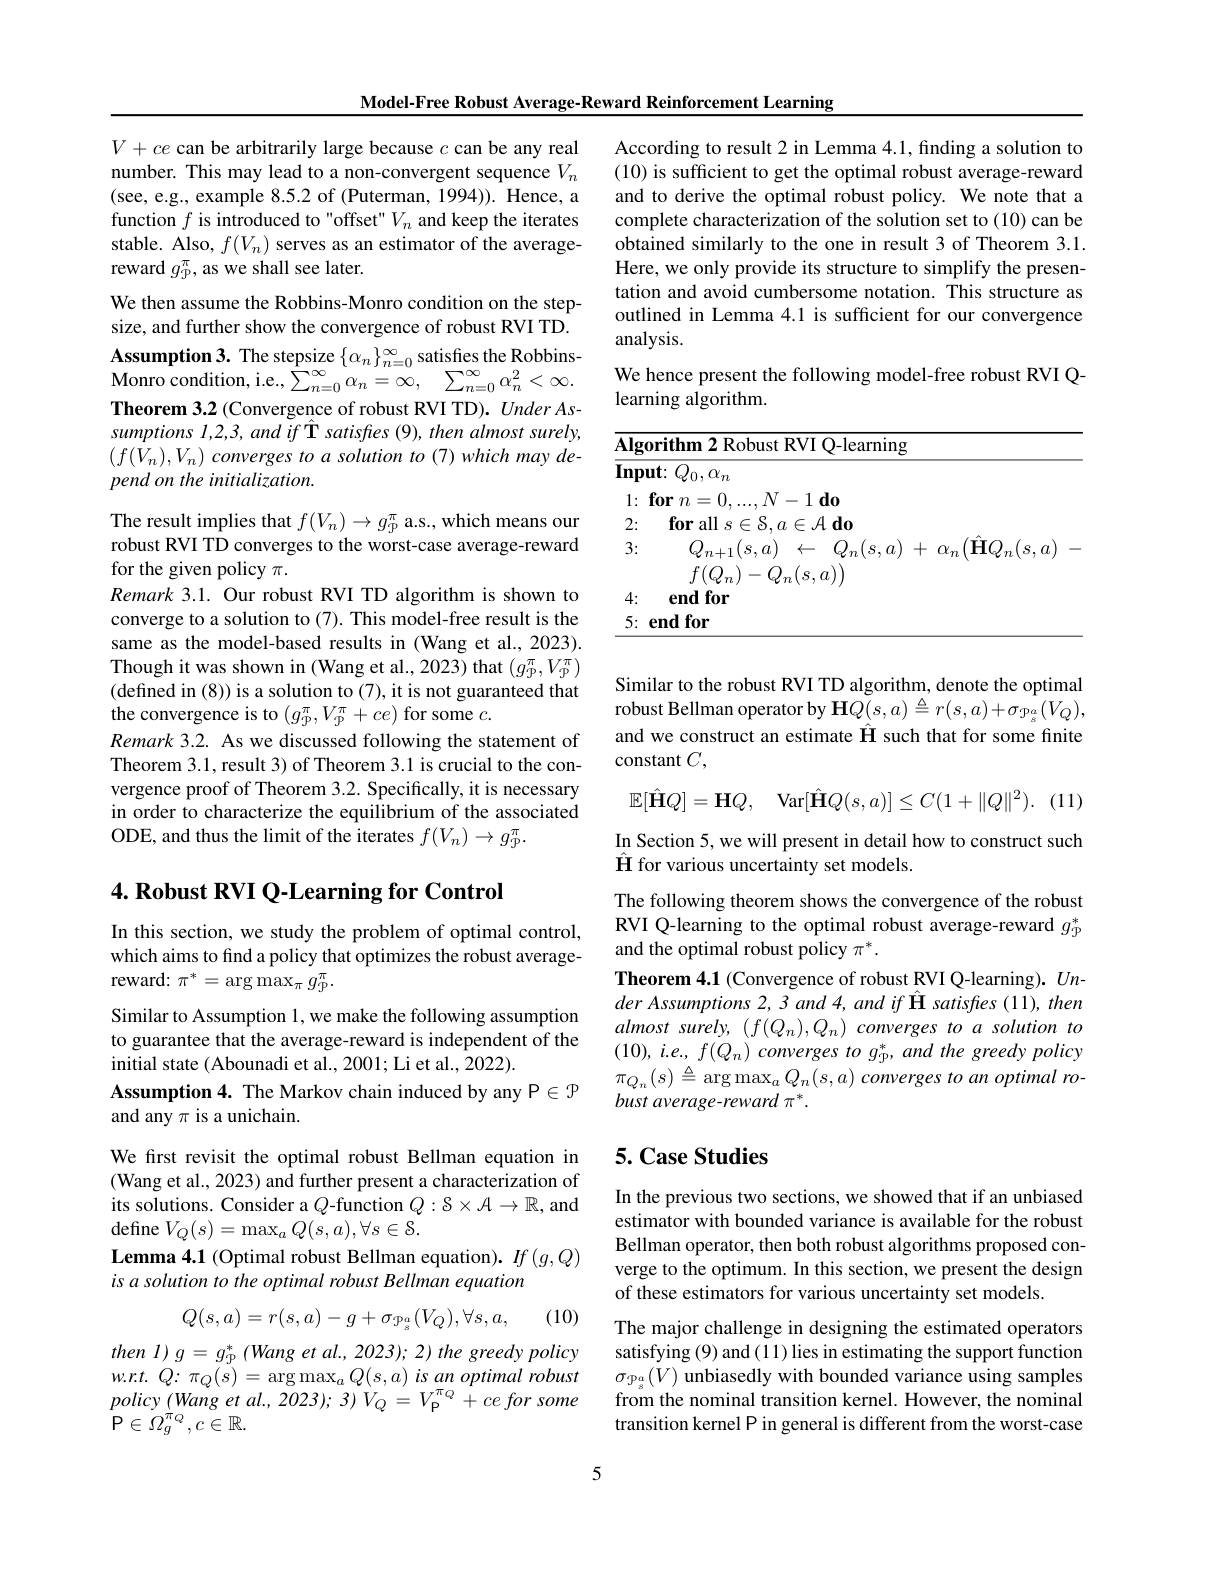
Model-Free Robust Average-Reward Reinforcement Learning

$V+ce$ can be arbitrarily large because $c$ can be any real number. This may lead to a non-convergent sequence $V_n$ (see, e.g., example 8.5.2 of (Puterman, 1994)). Hence, a function $f$ is introduced to "offset" $V_n$ and keep the iterates stable. Also, $f(V_n)$ serves as an estimator of the averagereward $g_\mathrm{p}^{\pi}$, as we shall see later.
We then assume the Robbins-Monro condition on the stepsize, and further show the convergence of robust RVI TD. $\mathbf{A}$ssumption3. The stepsize$\left\{\alpha_{n}\right\}_n=0^{\infty}$satisfies the Robbins- ${\mathrm{Monro~condition, ~i. e. , ~}}\sum _{n= 0}^{\infty }\alpha _{n}= \infty $, $\sum _{n= 0}^{\infty }\alpha _{n}^{2}< \infty .$ Theorem 3.2 (Convergence of robust RVI TD). Under As- $sumptions~l,2,3,~and~if~\hat{\mathbf{T}}~satisfes~(9),~then~almost~surely$, $( f( V_{n}) , V_{n}) \textit{converges to a solution to ( 7) which may de- }$ pend on the initialization.
The result implies that $f(V_{n})\to g_{\mathrm{p}}^{\pi}$ a.s., which means our

robust RVI TD converges to the worst-case average-reward
for the given policy $\pi.$
Remark 3.1. Our robust RVI TD algorithm is shown to converge to a solution to (7). This model-free result is the same as the model-based results in (Wang et al., 2023). Though it was shown in (Wang et al., 2023) that $(g_{\mathrm{p}}^{\pi},V_{\mathrm{p}}^{\pi})$ (defined in (8)) is a solution to (7), it is not guaranteed that the convergence is to $(g_{\mathfrak{p}}^{\pi},V_{\mathfrak{p}}^{\pi}+ce)$ for some $c.$
Remark 3.2. As we discussed following the statement of Theorem 3.1, result 3) of Theorem 3.1 is crucial to the convergence proof of Theorem 3.2. Specifically, it is necessary in order to characterize the equilibrium of the associated ODE, and thus the limit of the iterates $f(V_n)\to g_p^\pi.$

# $4. \textbf{Robust RVI Q- Learning for Control}$

In this section, we study the problem of optimal control, which aims to find a policy that optimizes the robust average- ${\mathrm{reward:~}\pi^*=\arg\max_\pi g_{\mathrm{p}}^\pi.}$

Similar to Assumption 1, we make the following assumption to guarantee that the average-reward is independent of the initial state (Abounadi et al., 2001; Li et al., 2022).
Assumption 4. The Markov chain induced by any P$\in\mathcal{P}$
and any $\pi$ is a unichain.

We first revisit the optimal robust Bellman equation in (Wang et al., 2023) and further present a characterization of its solutions. Consider a $Q$-function $Q:8\times\mathcal{A}\to\mathbb{R}$, and define $V_Q(s)=\max_aQ(s,a),\forall s\in\mathcal{S}.$
Lemma 4.1 (Optimal robust Bellman equation). $If\left(g,Q\right)$
is a solution to the optimal robust Bellman equation

(10)
$$Q(s,a)=r(s,a)-g+\sigma_{\mathcal{P}_{s}^{a}}(V_{Q}),\forall s,a,$$
$then~I)~g=~g_{\mathrm{P}}^{*}~(Wang~et~al.,~2023);~2)~the~greedy~policy$ $w. r. t.$ $Q:$ $\pi _{Q}( s) = \arg \max _{a}Q( s, a)$ $is$ $an$ optimal robust

According to result 2 in Lemma 4.1, finding a solution to (10) is sufficient to get the optimal robust average-reward and to derive the optimal robust policy. We note that a complete characterization of the solution set to (10) can be obtained similarly to the one in result 3 of Theorem 3.1. Here, we only provide its structure to simplify the presentation and avoid cumbersome notation. This structure as outlined in Lemma 4.1 is sufficient for our convergence analysis.
We hence present the following model-free robust RVI Q-
learning algorithm.

<table>
	<tbody>
		<tr>
			<td>$\overline{\mathbf{Alg}}$ T T</td>
			<td>RVI Q-learning</td>
		</tr>
		<tr>
			<td>$\overline{\mathbf{Inr}}$ </td>
			<td> </td>
		</tr>
		<tr>
			<td>1 · $a$</td>
			<td>-1do</td>
		</tr>
		<tr>
			<td>- 3:</td>
			<td>$Q_{n}(s,a)$ + $\alpha_{n}(\hat{\mathbf{H}}Q_{n}(s,a)$</td>
		</tr>
		<tr>
			<td>4:</td>
			<td>${\mathcal L}_{n}(s,a))$</td>
		</tr>
		<tr>
			<td>5: ·</td>
			<td> </td>
		</tr>
	</tbody>
</table>

(11)

Similar to the robust RVI TD algorithm, denote the optimal robust Bellman operator by $\mathbf{H}Q(s,a)\triangleq r(s,a)+\sigma_{\mathfrak{P}_{\mathfrak{s}}}(V_{Q})$, and we construct an estimate $\hat{\mathbf{H}}$ such that for some finite constant $C$,
$$\mathbb{E}[\hat{\mathbf{H}}Q]=\mathbf{H}Q,\quad\mathrm{Var}[\hat{\mathbf{H}}Q(s,a)]\leq C(1+\|Q\|^{2}).$$
In Section 5, we will present in detail how to construct such
$\hat{\mathbf{H}}$ for various uncertainty set models.
The following theorem shows the convergence of the robust RVI Q-learning to the optimal robust average-reward $g_\mathrm{P}^*$ and the optimal robust policy $\pi^*.$
Theorem 4.1 (Convergence of robust RVI Q-learning). $Un-$ der Assumptions 2, 3 and 4, and if Î satisfies (11), then almost surely, $(f(Q_{n}),Q_{n})$ converges to a solution to $( 10) , i. e. , f( Q_{n}) \textit{ converges to g}_{\mathrm{p} }^{* }, and\textit{ the greedy policy}$ $\pi _{Q_{n}}( s) \triangleq \operatorname { arg} \operatorname* { max} _{a}Q_{n}( s, a) \textit{converges to an optimal ro- }$ bust average-reward $\pi^*.$

## 5. Case Studies

In the previous two sections, we showed that if an unbiased estimator with bounded variance is available for the robust Bellman operator, then both robust algorithms proposed converge to the optimum. In this section, we present the design of these estimators for various uncertainty set models.

The major challenge in designing the estimated operators satisfying (9) and (11) lies in estimating the support function $\sigma_{\mathcal{P}_{s}^{a}}(V)$ unbiasedly with bounded variance using samples
$\begin{array}{ll}policy(Wangetal.2023);3)V_Q=V_\mathfrak{P}^{\pi_Q}+ceforsome&\text{from the nominal transition kernel. However, the nominal}\\\mathbb{P}\in\Omega_g^{\pi_Q},c\in\mathbb{R}.\end{array}$

5